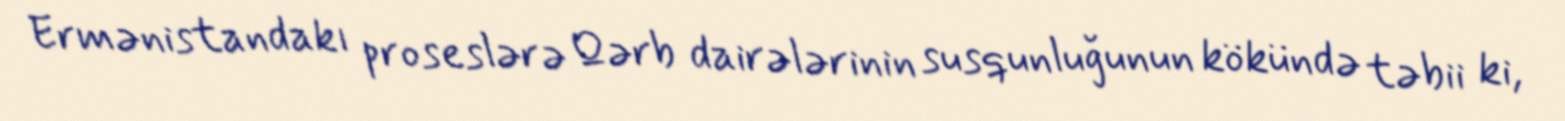
Ermənistandakı proseslərə Qərb dairələrinin susqunluğunun kökündə təbii ki,